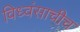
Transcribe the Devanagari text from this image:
विध्वंसाचीच